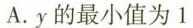
A. y的最小值为1